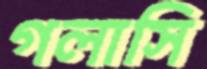
গলাসি